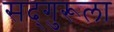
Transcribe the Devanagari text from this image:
सद्‌गुरूला